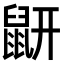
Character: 𪔾